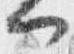
門